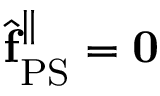
\hat { \mathbf { f } } _ { \mathrm { P S } } ^ { \| } = \mathbf { 0 }